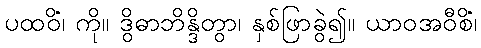
ပထဝိံ၊ ကို။ ဒွိဓာဘိန္ဒိတွာ၊ နှစ်ဖြာခွဲ၍။ ယာဝအဝီစိံ၊